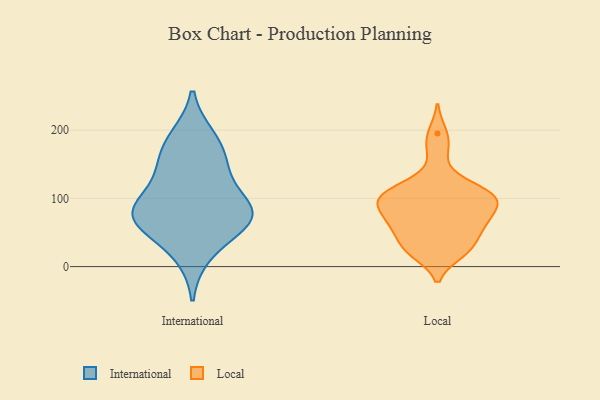
{"axis": {"x": "Humidity (%)", "y": "Value"}, "legend": ["International", "Local"], "data": [{"x": "", "y": 65, "type": "International"}, {"x": "", "y": 70, "type": "International"}, {"x": "", "y": 138, "type": "International"}, {"x": "", "y": 142, "type": "International"}, {"x": "", "y": 87, "type": "International"}, {"x": "", "y": 71, "type": "International"}, {"x": "", "y": 77, "type": "International"}, {"x": "", "y": 19, "type": "International"}, {"x": "", "y": 177, "type": "International"}, {"x": "", "y": 188, "type": "International"}, {"x": "", "y": 84, "type": "International"}, {"x": "", "y": 70, "type": "Local"}, {"x": "", "y": 99, "type": "Local"}, {"x": "", "y": 27, "type": "Local"}, {"x": "", "y": 104, "type": "Local"}, {"x": "", "y": 53, "type": "Local"}, {"x": "", "y": 63, "type": "Local"}, {"x": "", "y": 98, "type": "Local"}, {"x": "", "y": 94, "type": "Local"}, {"x": "", "y": 111, "type": "Local"}, {"x": "", "y": 61, "type": "Local"}, {"x": "", "y": 63, "type": "Local"}, {"x": "", "y": 110, "type": "Local"}, {"x": "", "y": 195, "type": "Local"}, {"x": "", "y": 21, "type": "Local"}, {"x": "", "y": 93, "type": "Local"}, {"x": "", "y": 26, "type": "Local"}, {"x": "", "y": 26, "type": "Local"}, {"x": "", "y": 125, "type": "Local"}, {"x": "", "y": 89, "type": "Local"}, {"x": "", "y": 171, "type": "Local"}]}